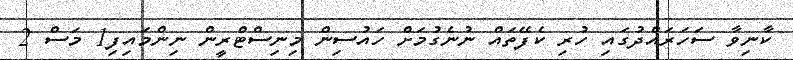
ކާނިވާ ސަހަރައްދުގައި ހުރި ކެފޭތައް ނުނެގުމަށް ހައުސިން މިނިސްޓްރީން ނިންމައިފި1 މަސް 2